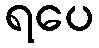
ရပေ